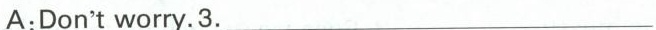
A:Don't worry.3.___